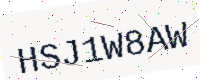
Text: HSJ1W8AW